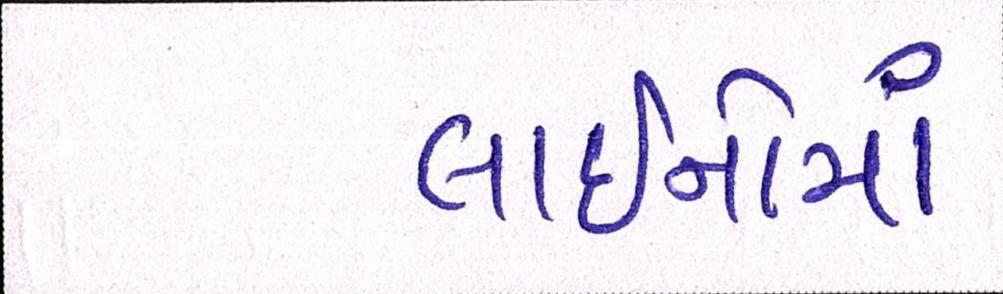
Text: લાઈનોમાં